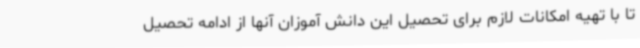
تا با تهیه امکانات لازم برای تحصیل این دانش آموزان آنها از ادامه تحصیل